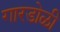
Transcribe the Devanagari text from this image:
गारडोळी